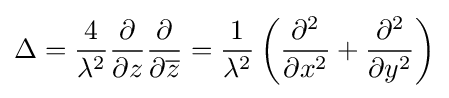
\Delta ={\frac {4}{\lambda ^{2}}}{\frac {\partial }{\partial z}}{\frac {\partial }{\partial {\overline {z}}}}={\frac {1}{\lambda ^{2}}}\left({\frac {\partial ^{2}}{\partial x^{2}}}+{\frac {\partial ^{2}}{\partial y^{2}}}\right)